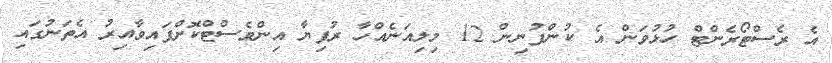
އެ ރެސްޓޯރެންޓް ހުޅުވަން އެ ކުންފުނިން 12 މިލިއަނެއްހާ ރުފިޔާ އިންވެސްޓްކޮށްފައިވާއިރު އެތަނުގައި